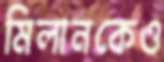
মিলানকেও